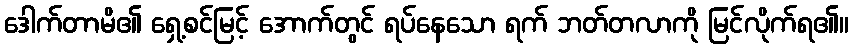
ဒေါက်တာမိ၏ ရှေ့စင်မြင့် အောက်တွင် ရပ်နေသော ရက် ဘတ်တလာကို မြင်လိုက်ရ၏။